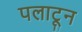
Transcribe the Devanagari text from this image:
पलाटून